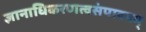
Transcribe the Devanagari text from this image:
ज्ञानाधिकरणत्वसंपादनम्